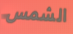
الشمس